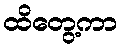
ထိတွေ့ကာ